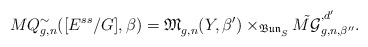
\begin{align*}MQ^{\sim}_{g,n}([E^{ss}/G],\beta)=\mathfrak{M}^{}_{g,n}(Y,\beta')\times_{\mathfrak{Bun}^{}_S} \tilde{M\mathcal{G}}^{,d'}_{g,n,{\beta''}}.\end{align*}